Lunatic asylums Central Provinces reports 1874-1885 - 1874-1885
Year: 1874
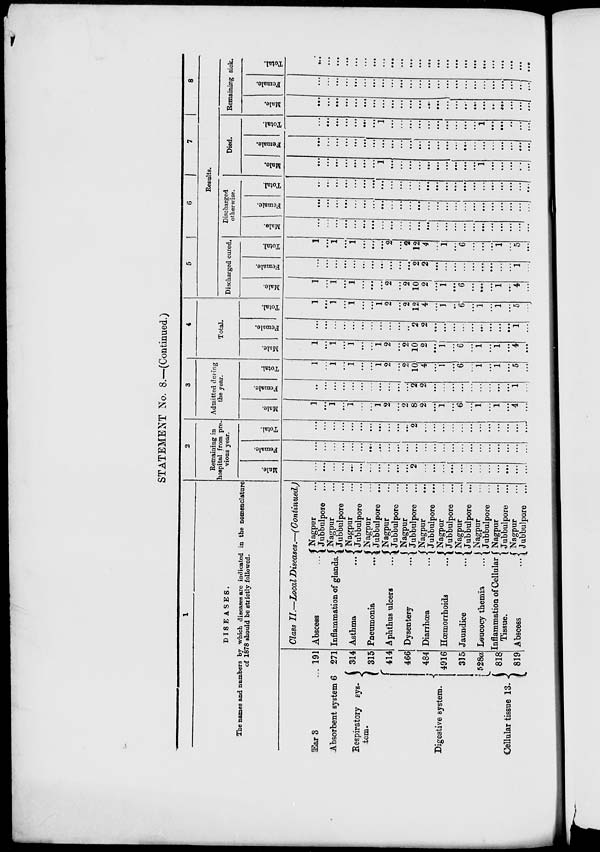
STATEMENT No. 8.—(Continued.)
1
DISEASES.
The names and numbers by which diseases are indicated in the nomenclature
of 1878 should be strictly followed.
Ear 3 ...
Absorbent system 6
Respiratory sys-
tem.
Digestive
system.
Cellular tissue 13.
191
271
314
315
414
466
484
4916
315
528a
818
819
Class II.—Local Diseases.—(Continued.)
Abscess …
Inflammation of glands.
Asthma …
Pneumonia …
Aphthus ulcers ...
Dysentery …
Diarrhœa …
Hœmorrhoids …
Jaundice …
Leucocy themia …
Inflammation of Cellular
Tissue.
Abscess …
Nagpur …
Jubbulpore …
Nagpur …
Jubbulpore …
Nagpur …
Jubbulpore …
Nagpur …
Jubbulpore …
Nagpur …
Jubbulpore …
Nagpur …
Jubbulpore …
Nagpur …
Jubbulpore …
Nagpur …
Jubbulpore …
Nagpur …
Jubbulpore …
Nagpur …
Jubbulpore …
Nagpur …
Jubbulpore …
Nagpur …
Jubbulpore …
2
Remaining in
hospital from pre-
vious year.
Male.
…
…
...
…
…
...
...
…
…
…
...
2
…
…
...
…
...
...
…
...
...
…
…
...
Female.
…
...
...
...
...
…
…
…
…
...
...
…
...
...
…
...
...
...
…
...
...
...
…
…
Total.
…
...
...
…
…
…
…
…
…
…
…
2
…
…
...
...
...
…
…
…
…
…
…
…
3
Admitted during
the year.
Male.
1
...
1
...
1
...
...
1
2
...
2
8
2
…
1
…
6
...
1
...
1
...
4
...
Female.
…
…
…
…
…
…
...
…
…
…
…
2
2
...
...
...
...
...
...
...
...
...
1
…
Total.
1
...
1
…
1
…
…
1
2
...
2
10
4
…
1
...
6
...
1
...
1
...
5
...
4
Total.
Male.
1
...
1
...
1
…
…
1
2
…
2
10
2
…
1
...
6
...
1
...
1
...
4
…
Female.
...
...
...
...
...
...
...
...
...
…
...
2
2
…
…
…
...
…
…
…
…
…
1
...
Total.
1
…
1
...
1
...
...
1
2
...
2
12
4
...
1
…
6
…
1
...
1
…
5
…
5
6
7
8
Results.
Discharged cured.
Male.
1
...
1
…
1
...
…
...
2
...
2
10
2
...
1
…
6
...
…
...
1
…
4
...
Female.
…
…
…
…
…
…
…
…
…
…
…
2
2
…
…
...
...
...
...
…
…
…
1
…
Total.
1
...
1
...
1
...
...
...
2
...
2
12
4
...
1
…
6
...
...
...
1
…
5
…
Discharged
otherwise.
Male.
...
...
...
...
...
…
…
...
…
…
…
…
…
...
…
…
...
...
…
...
...
...
…
…
Female.
…
...
...
…
...
...
…
…
…
...
…
…
…
...
...
...
...
...
...
...
...
...
…
…
Total.
…
...
...
...
...
...
...
...
…
...
…
...
…
…
…
…
…
...
…
...
...
...
…
…
Died.
Male.
...
...
…
...
…
...
...
1
…
...
…
...
…
…
...
…
...
...
1
...
...
...
…
…
Female.
…
...
...
...
...
…
...
...
...
...
…
…
...
...
...
...
…
…
...
…
...
...
…
…
Total.
…
...
…
...
...
…
...
1
…
...
...
…
...
…
...
...
...
...
1
…
…
…
…
...
Remaining sick.
Male.
…
...
…
...
...
…
…
...
…
...
...
…
…
…
...
...
…
…
...
…
…
...
…
…
Female.
...
...
...
...
...
...
…
...
…
…
…
...
...
...
...
…
...
...
…
...
...
…
…
…
Total.
…
...
…
…
...
...
…
...
…
…
…
…
…
…
…
…
…
…
…
…
…
…
…
…